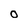
Character: 0